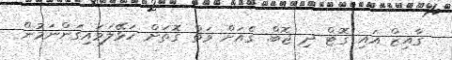
ގާއިޒް އައި ގޮޓް ދި ޖޮބް. ގެއަށް ވަތް ގޮތަށް ހަޅޭލަވައިގަންނަމުން